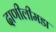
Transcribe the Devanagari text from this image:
दाणीलीमडा